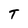
Character: T